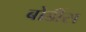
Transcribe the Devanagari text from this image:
बोडींस